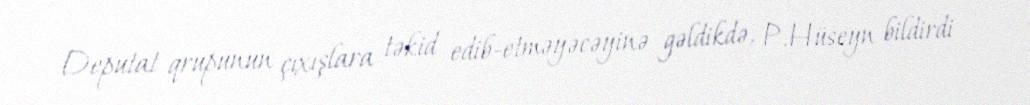
Deputat qrupunun çıxışlara təkid edib-etməyəcəyinə gəldikdə, P.Hüseyn bildirdi